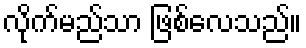
လိုက်မည်သာ ဖြစ်လေသည်။